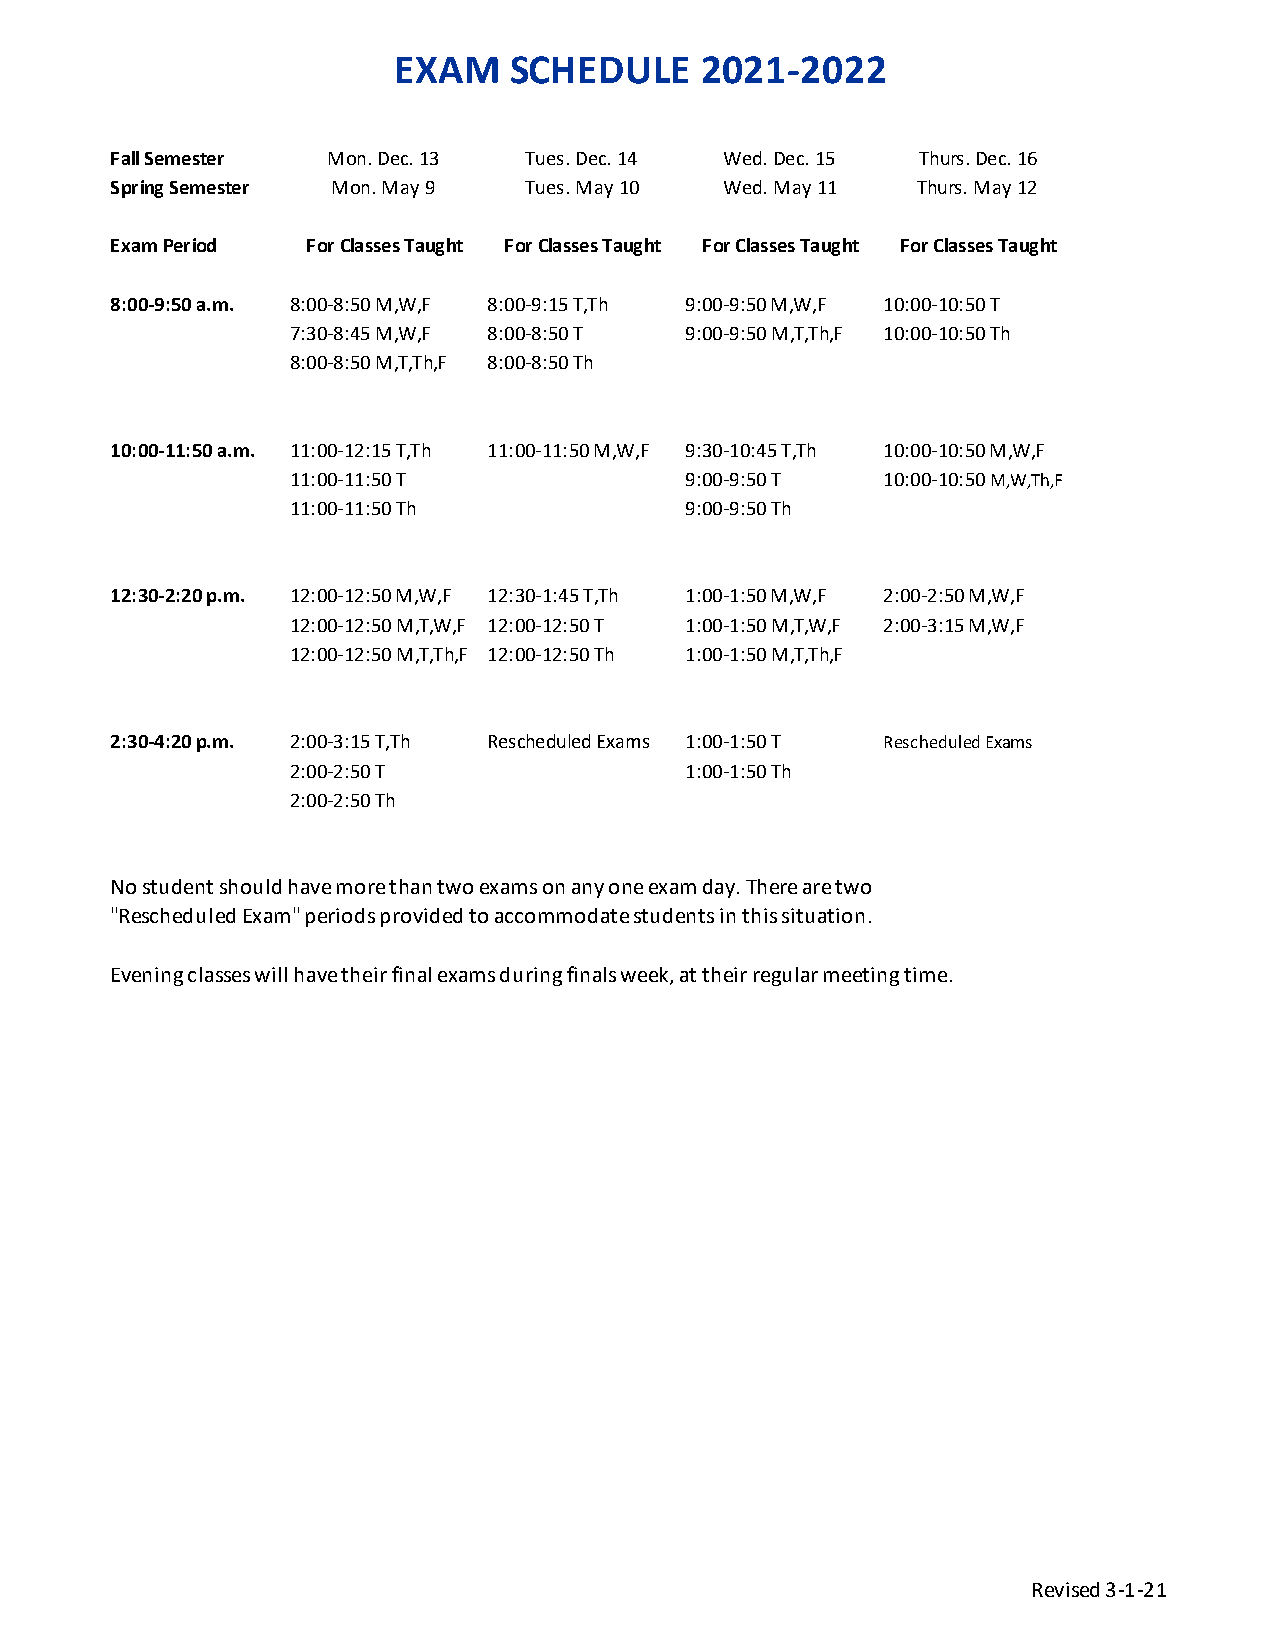
EXAM    SCHEDULE    2021-2022
 Fall Semester  Mon. Dec. 13 Tues. Dec. 14 Wed. Dec. 15 Thurs. Dec. 16
 Spring Semester Mon. May 9  Tues. May 10 Wed. May 11  Thurs. May 12
 Exam Period  For Classes Taught For Classes Taught For Classes Taught For Classes Taught
 8:00-9:50 a.m. 8:00-8:50 M,W,F 8:00-9:15 T,Th 9:00-9:50 M,W,F 10:00-10:50 T
 7:30-8:45 M,W,F 8:00-8:50 T 9:00-9:50 M,T,Th,F 10:00-10:50 Th
 8:00-8:50 M,T,Th,F 8:00-8:50 Th
 10:00-11:50 a.m. 11:00-12:15 T,Th 11:00-11:50 M,W,F 9:30-10:45 T,Th 10:00-10:50 M,W,F
 11:00-11:50 T             9:00-9:50 T  10:00-10:50 M,W,Th,F
 11:00-11:50 Th            9:00-9:50 Th
 12:30-2:20 p.m. 12:00-12:50 M,W,F 12:30-1:45 T,Th 1:00-1:50 M,W,F 2:00-2:50 M,W,F
 12:00-12:50 M,T,W,F 12:00-12:50 T 1:00-1:50 M,T,W,F 2:00-3:15 M,W,F
 12:00-12:50 M,T,Th,F 12:00-12:50 Th 1:00-1:50 M,T,Th,F
 2:30-4:20 p.m. 2:00-3:15 T,Th Rescheduled Exams 1:00-1:50 T Rescheduled Exams
 2:00-2:50 T               1:00-1:50 Th
 2:00-2:50 Th
 No student should have more than two exams on any one exam day. There are two
 "Rescheduled Exam" periods provided to accommodate students in this situation.
 Evening classes will have their final exams during finals week, at their regular meeting time.
 Revised 3-1-21